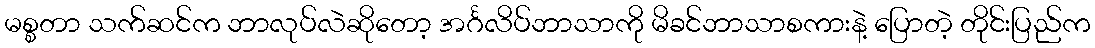
မစ္စတာ သက်ဆင်က ဘာလုပ်လဲဆိုတော့ အင်္ဂလိပ်ဘာသာကို မိခင်ဘာသာစကားနဲ့ ပြောတဲ့ တိုင်းပြည်က